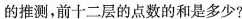
的推测，前十二层的点数的和是多少?